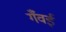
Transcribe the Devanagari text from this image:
गँवईं